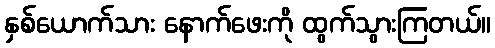
နှစ်ယောက်သား နောက်ဖေးကို ထွက်သွားကြတယ်။